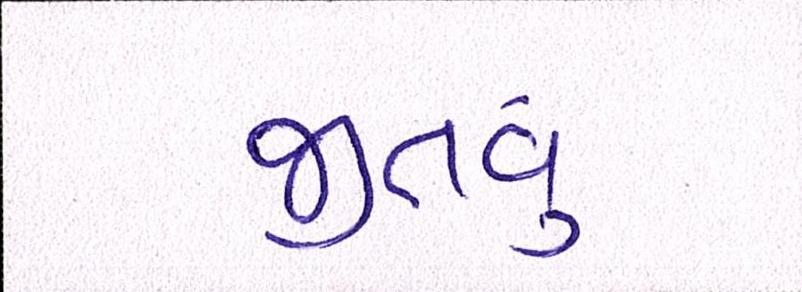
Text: જીતવું